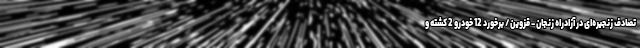
تصادف زنجیره‌ای در آزادراه زنجان - قزوین/ برخورد 12 خودرو 2 کشته و